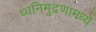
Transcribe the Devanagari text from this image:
ध्वनिमुद्रणामध्ये